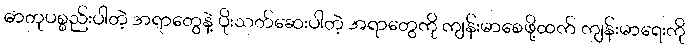
ဓာတုပစ္စည်းပါတဲ့ အရာတွေနဲ့ ပိုးသတ်ဆေးပါတဲ့ အရာတွေကို ကျန်းမာစေဖို့ထက် ကျန်းမာရေးကို